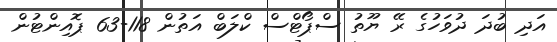
އަދި ބުދަ ދުވަހުގެ ރޭ ޔޫތު ސްޕޯޓްސް ކްލަބް އަތުން 118-63 ޕޮއިންޓުން